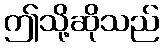
ဤသို့ဆိုသည်